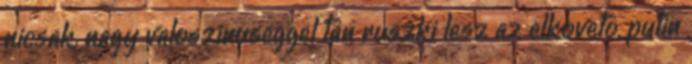
nicsak, nagy valoszinuseggel tan ruszki lesz az elkoveto, putin